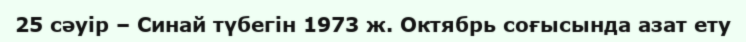
25 сәуір – Синай түбегін 1973 ж. Октябрь соғысында азат ету